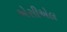
એસીએલ